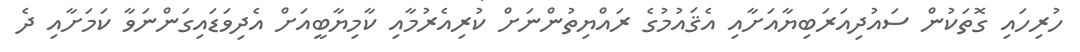
ހުރިހައި ގޮތަކުން ސައުދިއަރަބިޔާއަށާއި އެޤައުމުގެ ރައްޔިތުންނަށް ކުރިއެރުމާއި ކާމިޔާބީއަށް އެދިވަޑައިގަންނަވާ ކަމަށާއި ދެ